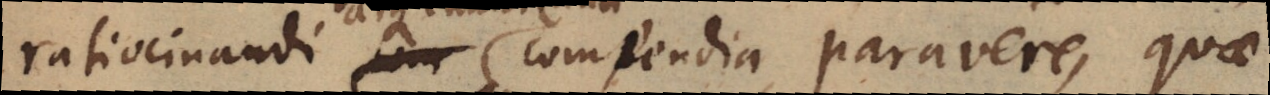
ratiocinandi _ compendia paravere, quae